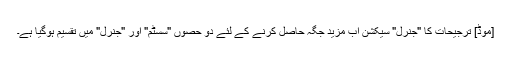
[موڈ] ترجیحات کا "جنرل" سیکشن اب مزید جگہ حاصل کرنے کے لئے دو حصوں "سسٹم" اور "جنرل" میں تقسیم ہوگیا ہے۔